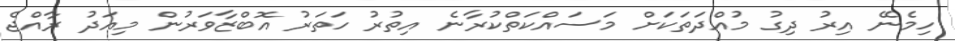
ހިމެނޭ އިރު ދިގު މުއްދަތަކަށް މަސައްކަތްކުރާނެ އިތުރު ހަތަރު އޮބްޒާވަރުން މިއަދު ރާއްޖެ